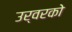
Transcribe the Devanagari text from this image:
उर्वरको